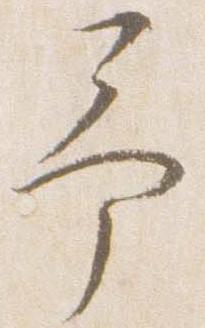
予